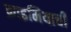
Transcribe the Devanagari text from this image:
क्राइमियाची